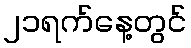
၂၁ရက်နေ့တွင်